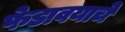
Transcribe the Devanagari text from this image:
फेडावयाचे